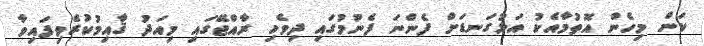
ކަން މިހެން އޮތުމާއެކު އަޅުގަނޑަށް ފެންނަ ފެނުމުގައި ދިވެހި ރާއްޖޭގައި މިއަދު ޤާއިމުކުރެވިފައިވާ